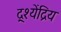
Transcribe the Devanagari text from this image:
द्र्श्येंद्रिय